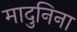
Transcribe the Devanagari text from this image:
मादुनिना